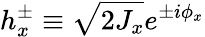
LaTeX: h_{x}^{\pm}\equiv\sqrt{2J_{x}}e^{\pm i\phi_{x}}